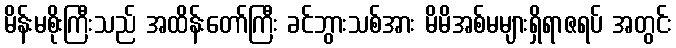
မိန်းမစိုးကြီးသည် အထိန်းတော်ကြီး ခင်ဘွားသစ်အား မိမိအစ်မများရှိရာဇရပ် အတွင်း